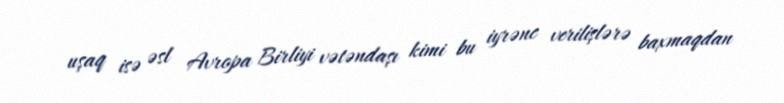
uşaq isə əsl Avropa Birliyi vətəndaşı kimi bu iyrənc verilişlərə baxmaqdan